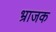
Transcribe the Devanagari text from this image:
भ्राजक